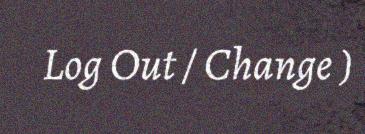
Log Out / Change )